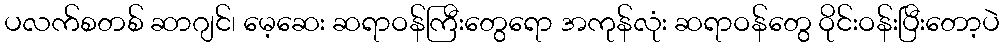
ပလက်စတစ် ဆာဂျင်၊ မေ့ဆေး ဆရာဝန်ကြီးတွေရော အကုန်လုံး ဆရာဝန်တွေ ဝိုင်းဝန်းပြီးတော့ပဲ